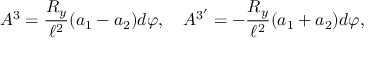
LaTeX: A ^ { 3 } = { \frac { R _ { y } } { \ell ^ { 2 } } } ( a _ { 1 } - a _ { 2 } ) d \varphi , \quad A ^ { 3 ^ { \prime } } = - { \frac { R _ { y } } { \ell ^ { 2 } } } ( a _ { 1 } + a _ { 2 } ) d \varphi ,